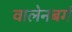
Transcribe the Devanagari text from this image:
वालेनबर्ग